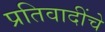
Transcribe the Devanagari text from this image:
प्रतिवादींचे